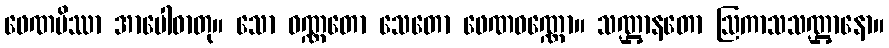
ဖေဏမိဿာ အာပေါဓာတု။ သော ဝဏ္ဏတော သေတော ဖေဏဝဏ္ဏော။ သဏ္ဌာနတော ဩကာသသဏ္ဌာနော။